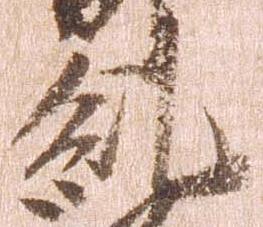
糺